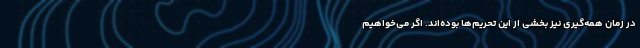
در زمان همه‌گیری نیز بخشی از این تحریم‌ها بوده‌اند. اگر می‌خواهیم